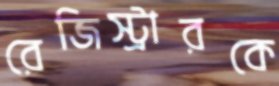
রেজিস্ট্রারকে